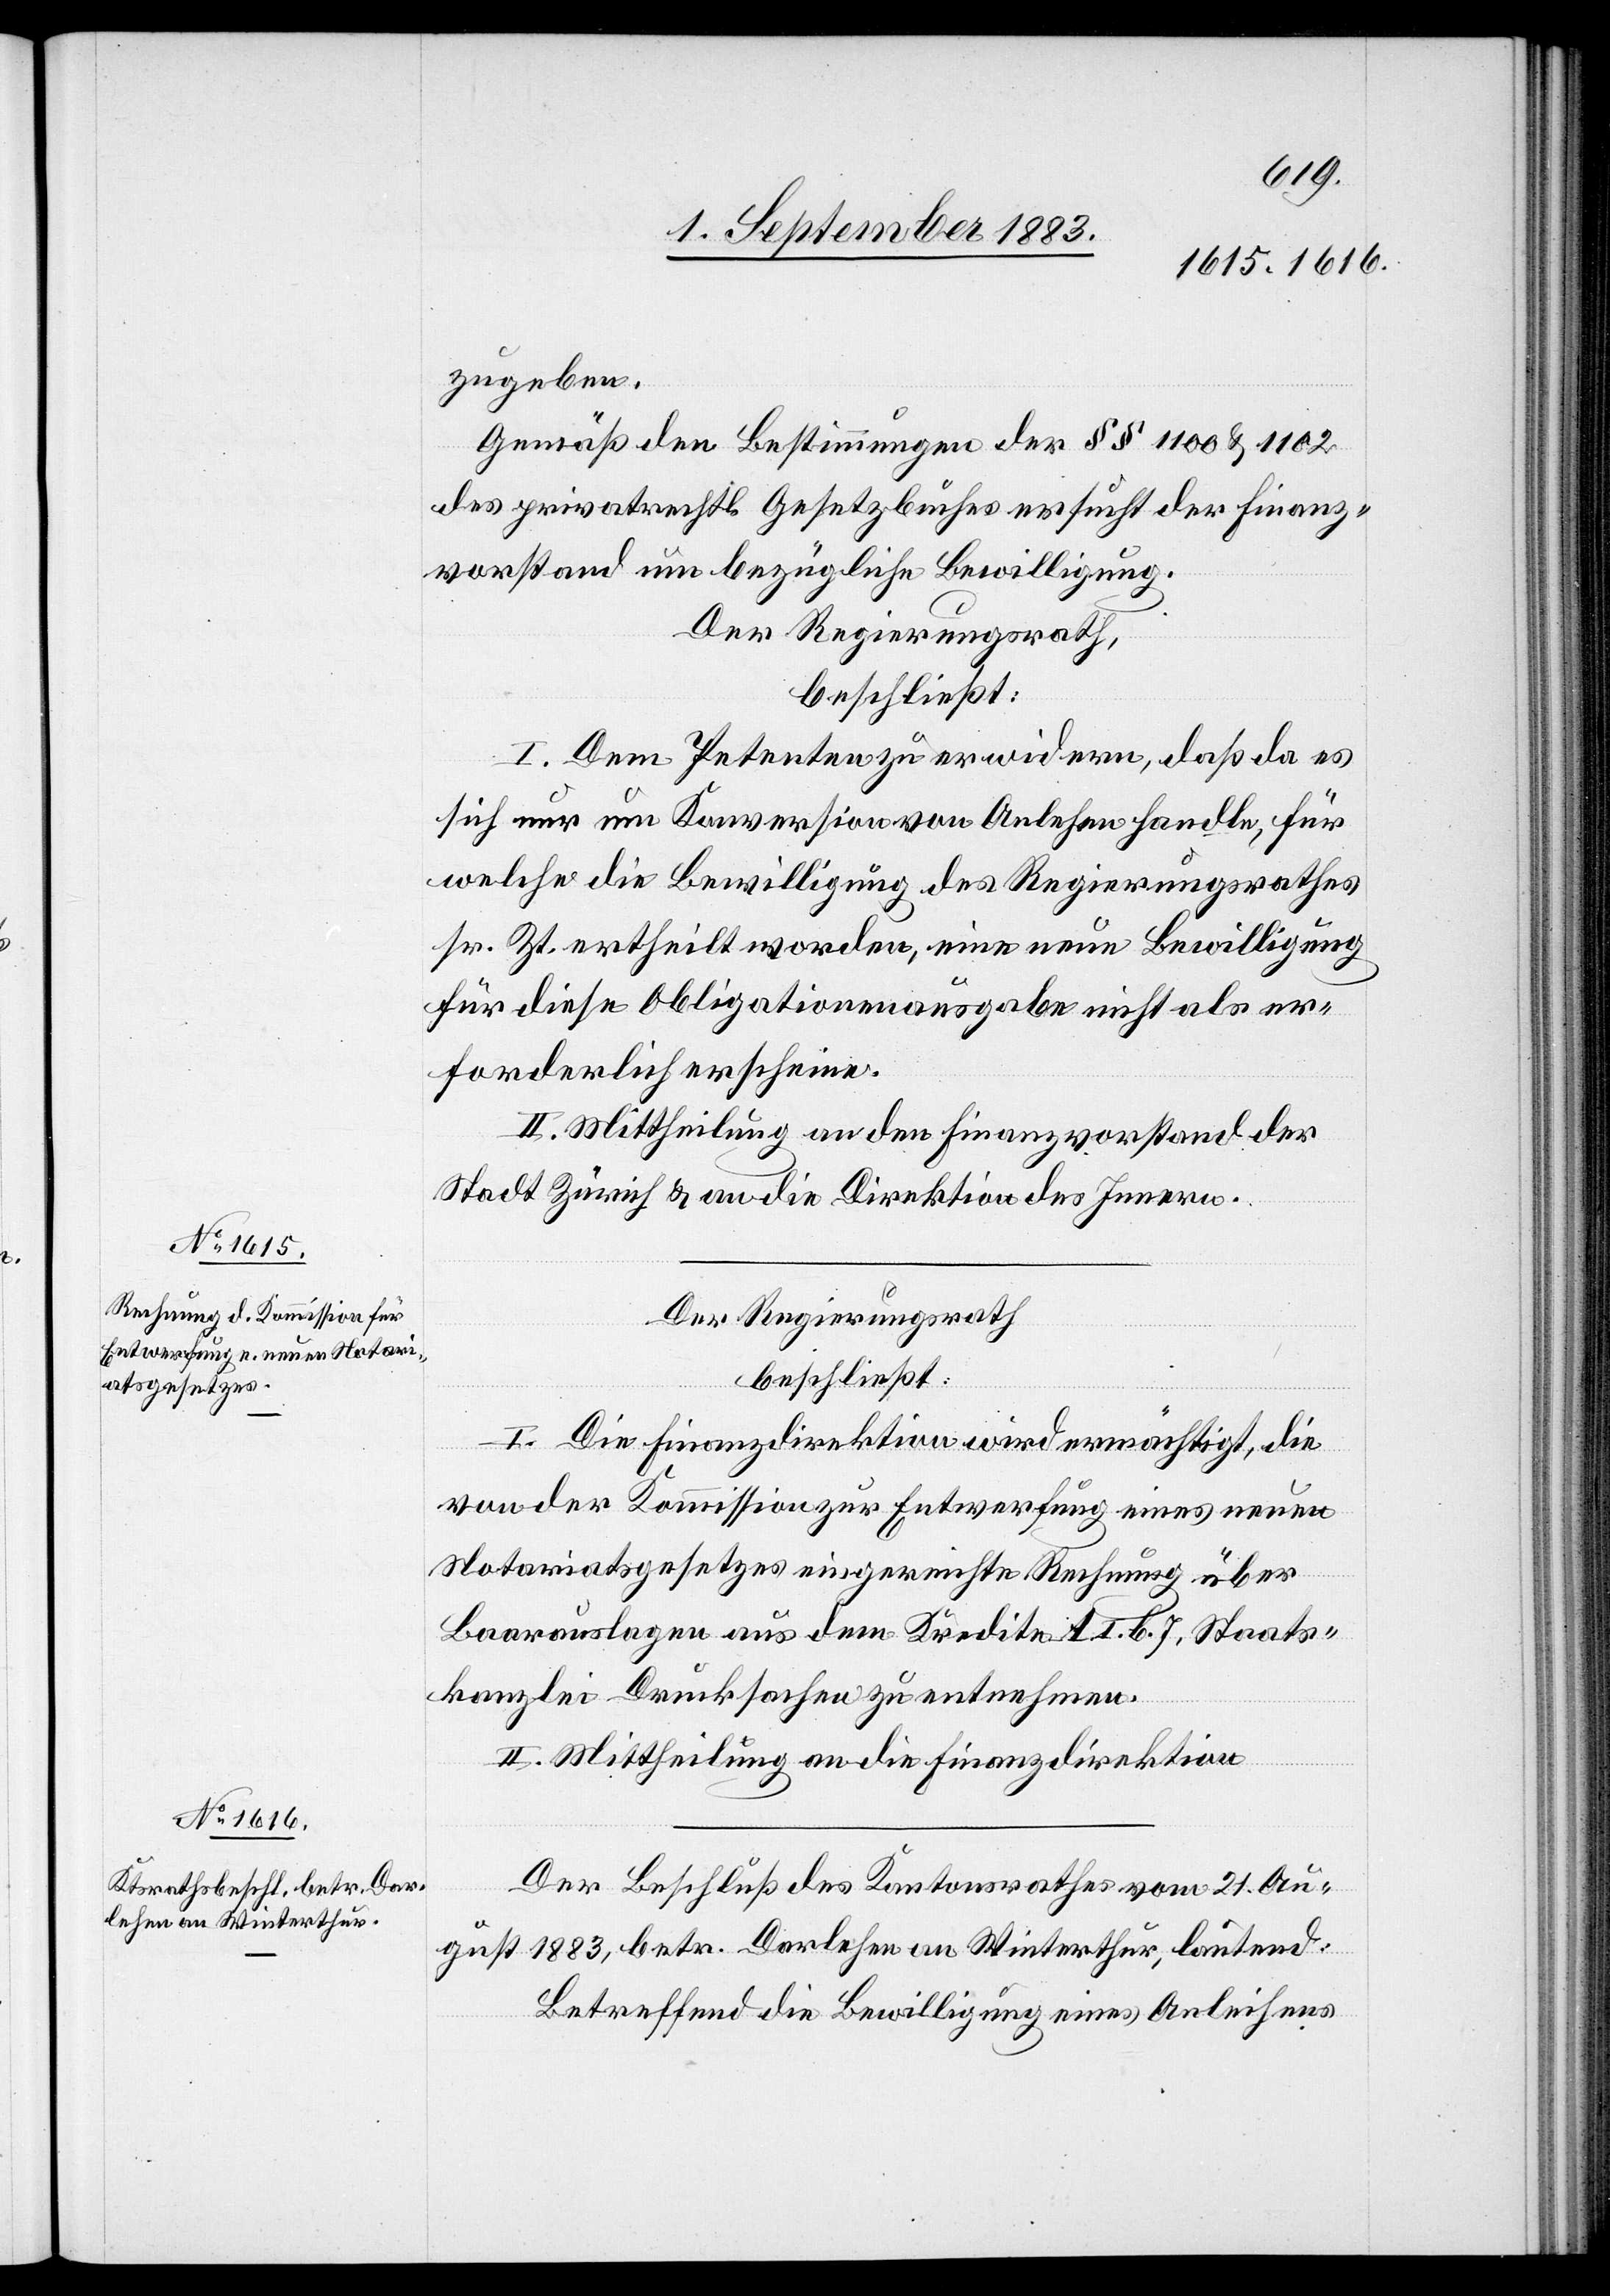
zugeben.
Gemäß den Bestimmungen der §§ 1100 & 1102
des privatrechtl. Gesetzbuches ersucht der Finanz¬
vorstand um bezügliche Bewilligung.
Der Regierungsrath,
beschließt:
I. Dem Petenten zu erwidern, daß da es
sich nur um Konversion von Anlehen handle, für
welche die Bewilligung des Regierungsrathes
sr. Zt. ertheilt worden, eine neue Bewilligung
für diese Obligationenausgabe nicht als er¬
forderlich erscheine.
II. Mittheilung an den Finanzvorstand der
Stadt Zürich & an die Direktion des Innern.
Der Regierungsrath
beschließt:
I. Die Finanzdirektion wird ermächtigt, die
von der Kommission zur Entwerfung eines neuen
Notariatsgesetzes eingereichte Rechnung über
Bureauauslagen aus dem Kredite A. I. b. 7. Staats¬
kanzlei Drucksachen zu entnehmen.
II. Mittheilung an die Finanzdirektion.
Der Beschluß des Kantonsrathes vom 21. Au¬
gust 1883, betr. Darlehen an Winterthur, lautend:
Betreffend die Bewilligung eines Anleihens